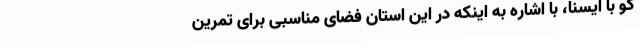
گو با ایسنا، با اشاره به اینکه در این استان فضای مناسبی برای تمرین